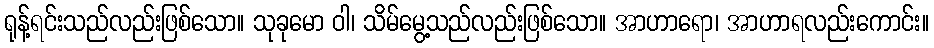
ရုန့်ရင်းသည်လည်းဖြစ်သော။ သုခုမော ဝါ၊ သိမ်မွေ့သည်လည်းဖြစ်သော။ အာဟာရော၊ အာဟာရလည်းကောင်း။